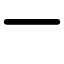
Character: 一